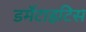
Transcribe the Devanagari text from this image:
डर्मेटाइटिस